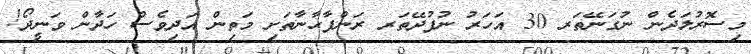
މިސޮރުލަދެން ނުގަނޭތަރ 30 އަހަރު ނުފުދޭތަރ ރަންފާޙާނާތަށި މަތިން އަދިވެސް ހަދާން ވަނީދޯ!